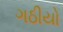
ગઠીયો